Voru_kinnistusamet, lk 3
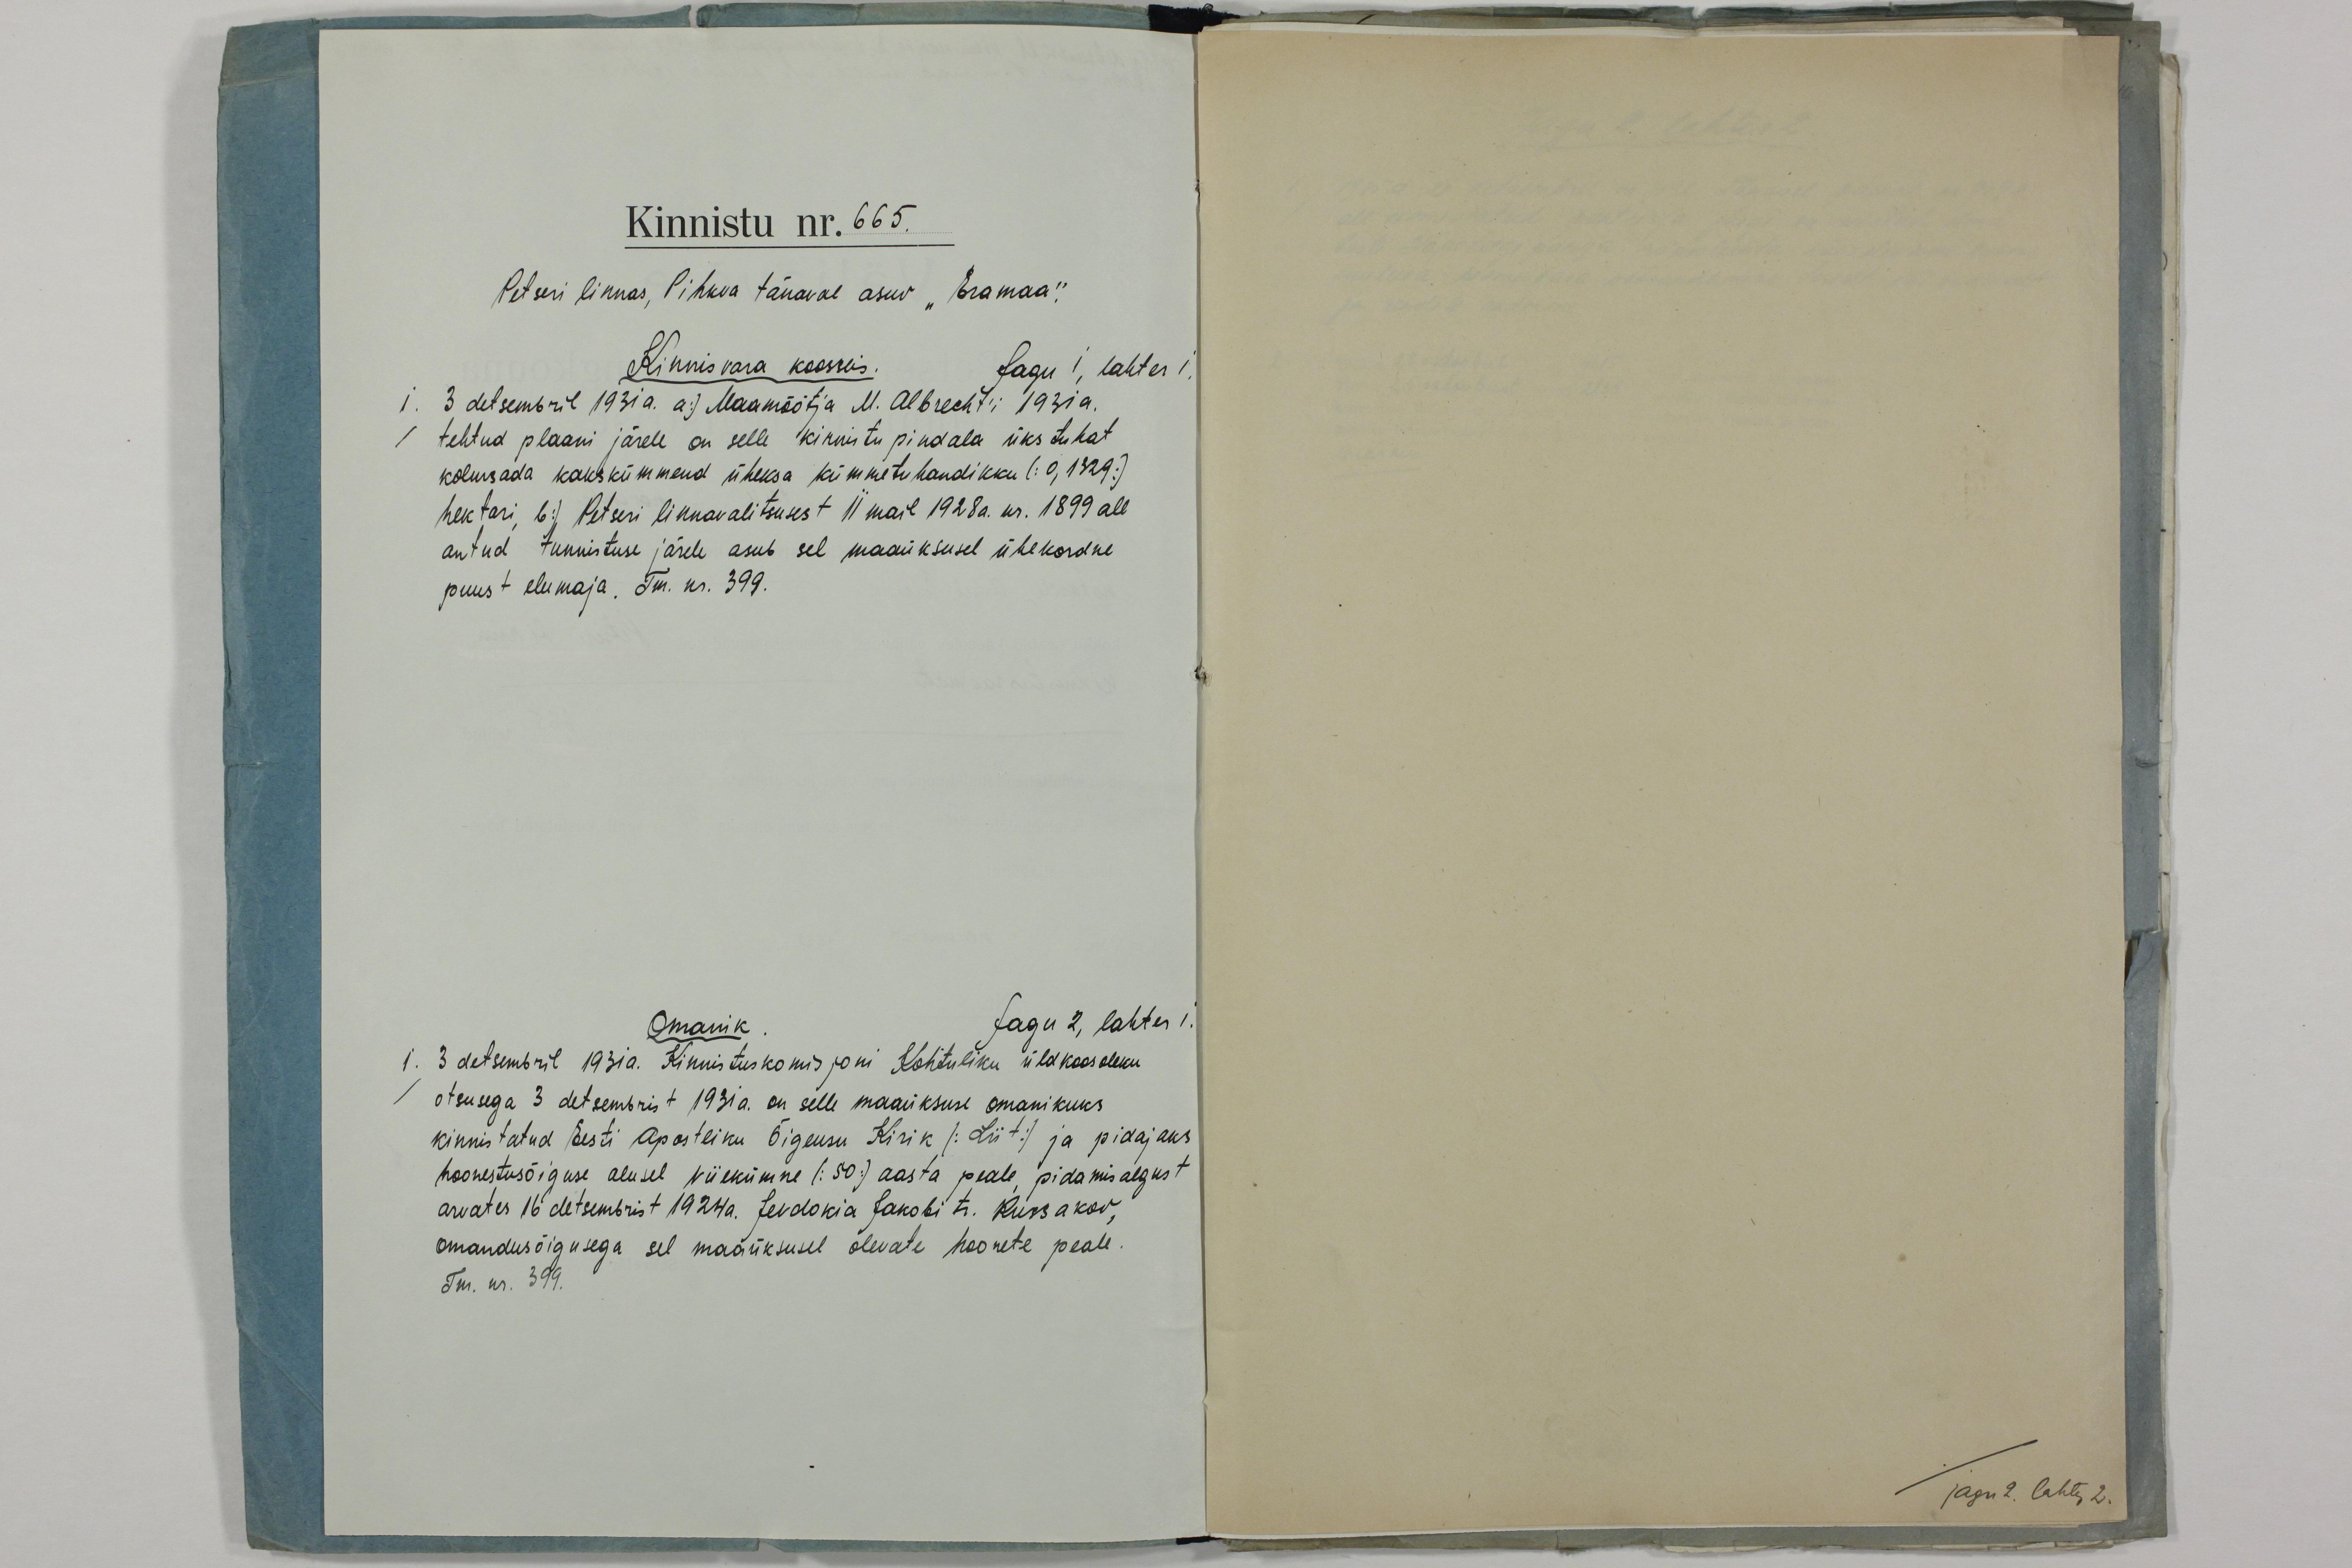
Kinnistu nr. 665.
Petseri linnas, Pihkva tänaval asuv "Eramaa."
Kinnisvara koosseis.
Jagu 1, lahter 1.
1. 3 detsembril 1931a. a) Maamõõtja M. Albrecht´i 1931a.
tehtud plaani järele on selle kinnistu pindala üks tuhat
kolmsada kakskümmend üheksa kümmetuhandikku (0,1329)
hektari, b) Petseri linnavalitsusest 11 mail 1928 a. nr. 1899 all
antud tunnistuse järele asub sel maaüksusel ühekordne
puust elumaja. Tm. nr. 399.
Omanik.
Jagu 2, lahter 1.
1. 3 detsembril 1931a. Kinnistuskomisjoni Kohtuliku üldkoosoleku
otsusega 3 detsembrist 1931 a. on selle maaüksuse omanikuks
kinnistatud Eesti Apostliku Õigeusu Kirik (Liit) ja pidajaks
hoonestusõiguse alusel viiekümne (50) aasta peale, pidamisalgust
arvates 16 detsembrist 1924 a. Jevdokia Jakobi tr. Russakov,
omandusõigusega sel maaüksusel olevate hoonete peale.
Tm. nr. 399.

jagu 2. lahter 2.